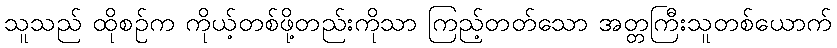
သူသည် ထိုစဉ်က ကိုယ့်တစ်ဖို့တည်းကိုသာ ကြည့်တတ်သော အတ္တကြီးသူတစ်ယောက်